Veterinary regulations India, 1935 -
Year: 1935
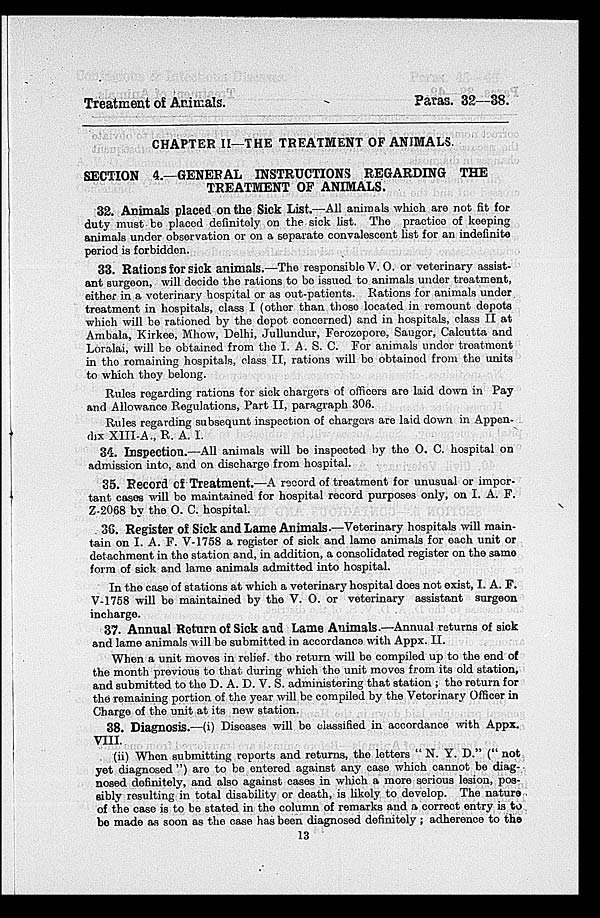
Treatment of Animals.
Paras. 32—38.
CHAPTER II—THE TREATMENT OF ANIMALS.
SECTION 4.—GENERAL INSTRUCTIONS REGARDING THE
TREATMENT OF ANIMALS.
32. Animals placed on the Sick List.—All animals which are not fit for
duty must to placed definitely on the sick list. The practice of keeping
animals under observation or on a separate convalescent list for an indefinite
period is forbidden.
33. Rations for sick animals.—The responsible V. O. or veterinary assist-
ant surgeon, will decide the rations to be issued to animals under treatment,
either in a veterinary hospital or as out-patients. Rations for animals under
treatment in hospitals, class I (other than those located in remount depots
which will be rationed by the depot concerned) and in hospitals, class II at
Ambala, Kirkce, Mhow, Delhi, Jullundur, Forozepore, Sauger, Calcutta and
Loralai, will be obtained from the I. A. S. C. For animals under troatment
in the remaining hospitals, class II, rations will be obtained from the units
to which they belong.
Rules regarding rations for sick chargers of officers are laid down in Pay
and Allowance Regulations, Part II, paragraph 306.
Rules regarding subsequnt inspection of chargers are laid down in Appen-
dix XIII-A., R. A. 1.
34. Inspection.—All animals will be inspected by the O. C. hospital on
admission into, and on discharge from hospital.
35. Record of Treatment.—A record of treatment for unusual or impor-
tant cases will be maintained for hospital record purposes only, on I. A. F.
Z-2068 by the O. C. hospital.
36. Register of Sick and Lame Animals—Veterinary hospitals will main-
tain on I. A. F. V-1758 a register of sick and lame animals for each unit or
detachment in the station and, in addition, a consolidated register on the same
form of sick and lame animals admitted into hospital.
In the case of stations at which a veterinary hospital does not exist, I. A. F.
V-1758 will be maintained by the V. O. or veterinary assistant surgeon
incharge.
37. Annual Return of Sick and Lame Animals.—Annual returns of sick
and lame animals will be submitted in accordance with Appx. II.
When a unit moves in relief, the return will be compiled up to the end of
the month previous to that during which the unit moves from its old station,
and submitted to the D. A. D. V. S. administering that station ; the return for
the remaining portion of the year will be compiled by the Veterinary Officer in
Charge of the unit at its new station.
38. Diagnosis.—(i) Diseases will be classified in accordance with Appx.
VIII.
(ii) When submitting reports and returns, the letters " N. Y. D." (" not
yet diagnosed ") are to be entered against any case which cannot be diag-
nosed definitely, and also against cases in which a more serious lesion, pos-
sibly resulting in total disability or death, is likely to develop. The nature
of the case is to be stated in the column of remarks and a correct entry is to
be made as soon as the case has been diagnosed definitely ; adherence to the
13